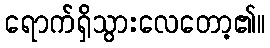
ရောက်ရှိသွားလေတော့၏။